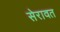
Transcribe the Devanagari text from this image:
सेरावत